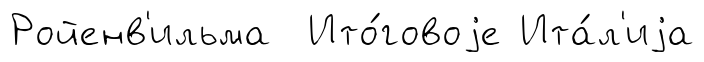
Ройенв'ильма Ито́говоjе Ита́л'иjа